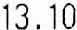
13.10